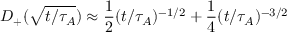
D _ { + } ( \sqrt { t / \tau _ { A } } ) \approx \frac { 1 } { 2 } ( t / \tau _ { A } ) ^ { - 1 / 2 } + \frac { 1 } { 4 } ( t / \tau _ { A } ) ^ { - 3 / 2 }